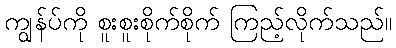
ကျွန်ပ်ကို စူးစူးစိုက်စိုက် ကြည့်လိုက်သည်။